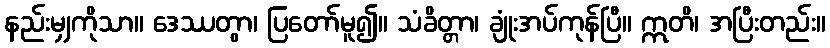
နည်းမျှကိုသာ။ ဒေဿတွာ၊ ပြတော်မူ၍။ သံခိတ္တာ၊ ချုံးအပ်ကုန်ပြီ။ ဣတိ၊ အပြီးတည်း။